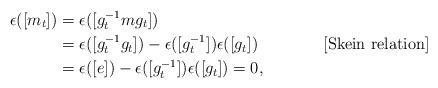
LaTeX: \begin{align*}\epsilon([m_t]) &= \epsilon([g_t^{-1} m g_t]) \\&= \epsilon([g_t^{-1}g_t])- \epsilon([g_t^{-1}])\epsilon([g_t]) &&[\textrm{Skein relation}] \\&= \epsilon([e]) - \epsilon([g_t^{-1}])\epsilon([g_t]) = 0,\end{align*}